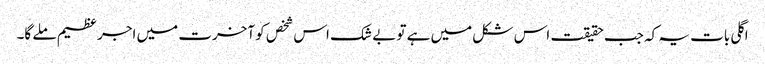
اگلی بات یہ کہ جب حقیقت اس شکل میں ہے تو بے شک اس شخص کو آخرت میں اجر عظیم ملے گا۔